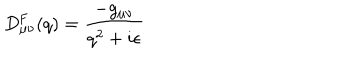
LaTeX: D _ { \mu \nu } ^ { \mathrm { F } } ( q ) = \frac { - g _ { \mu \nu } } { q ^ { 2 } + i \epsilon }